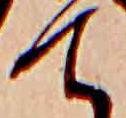
て